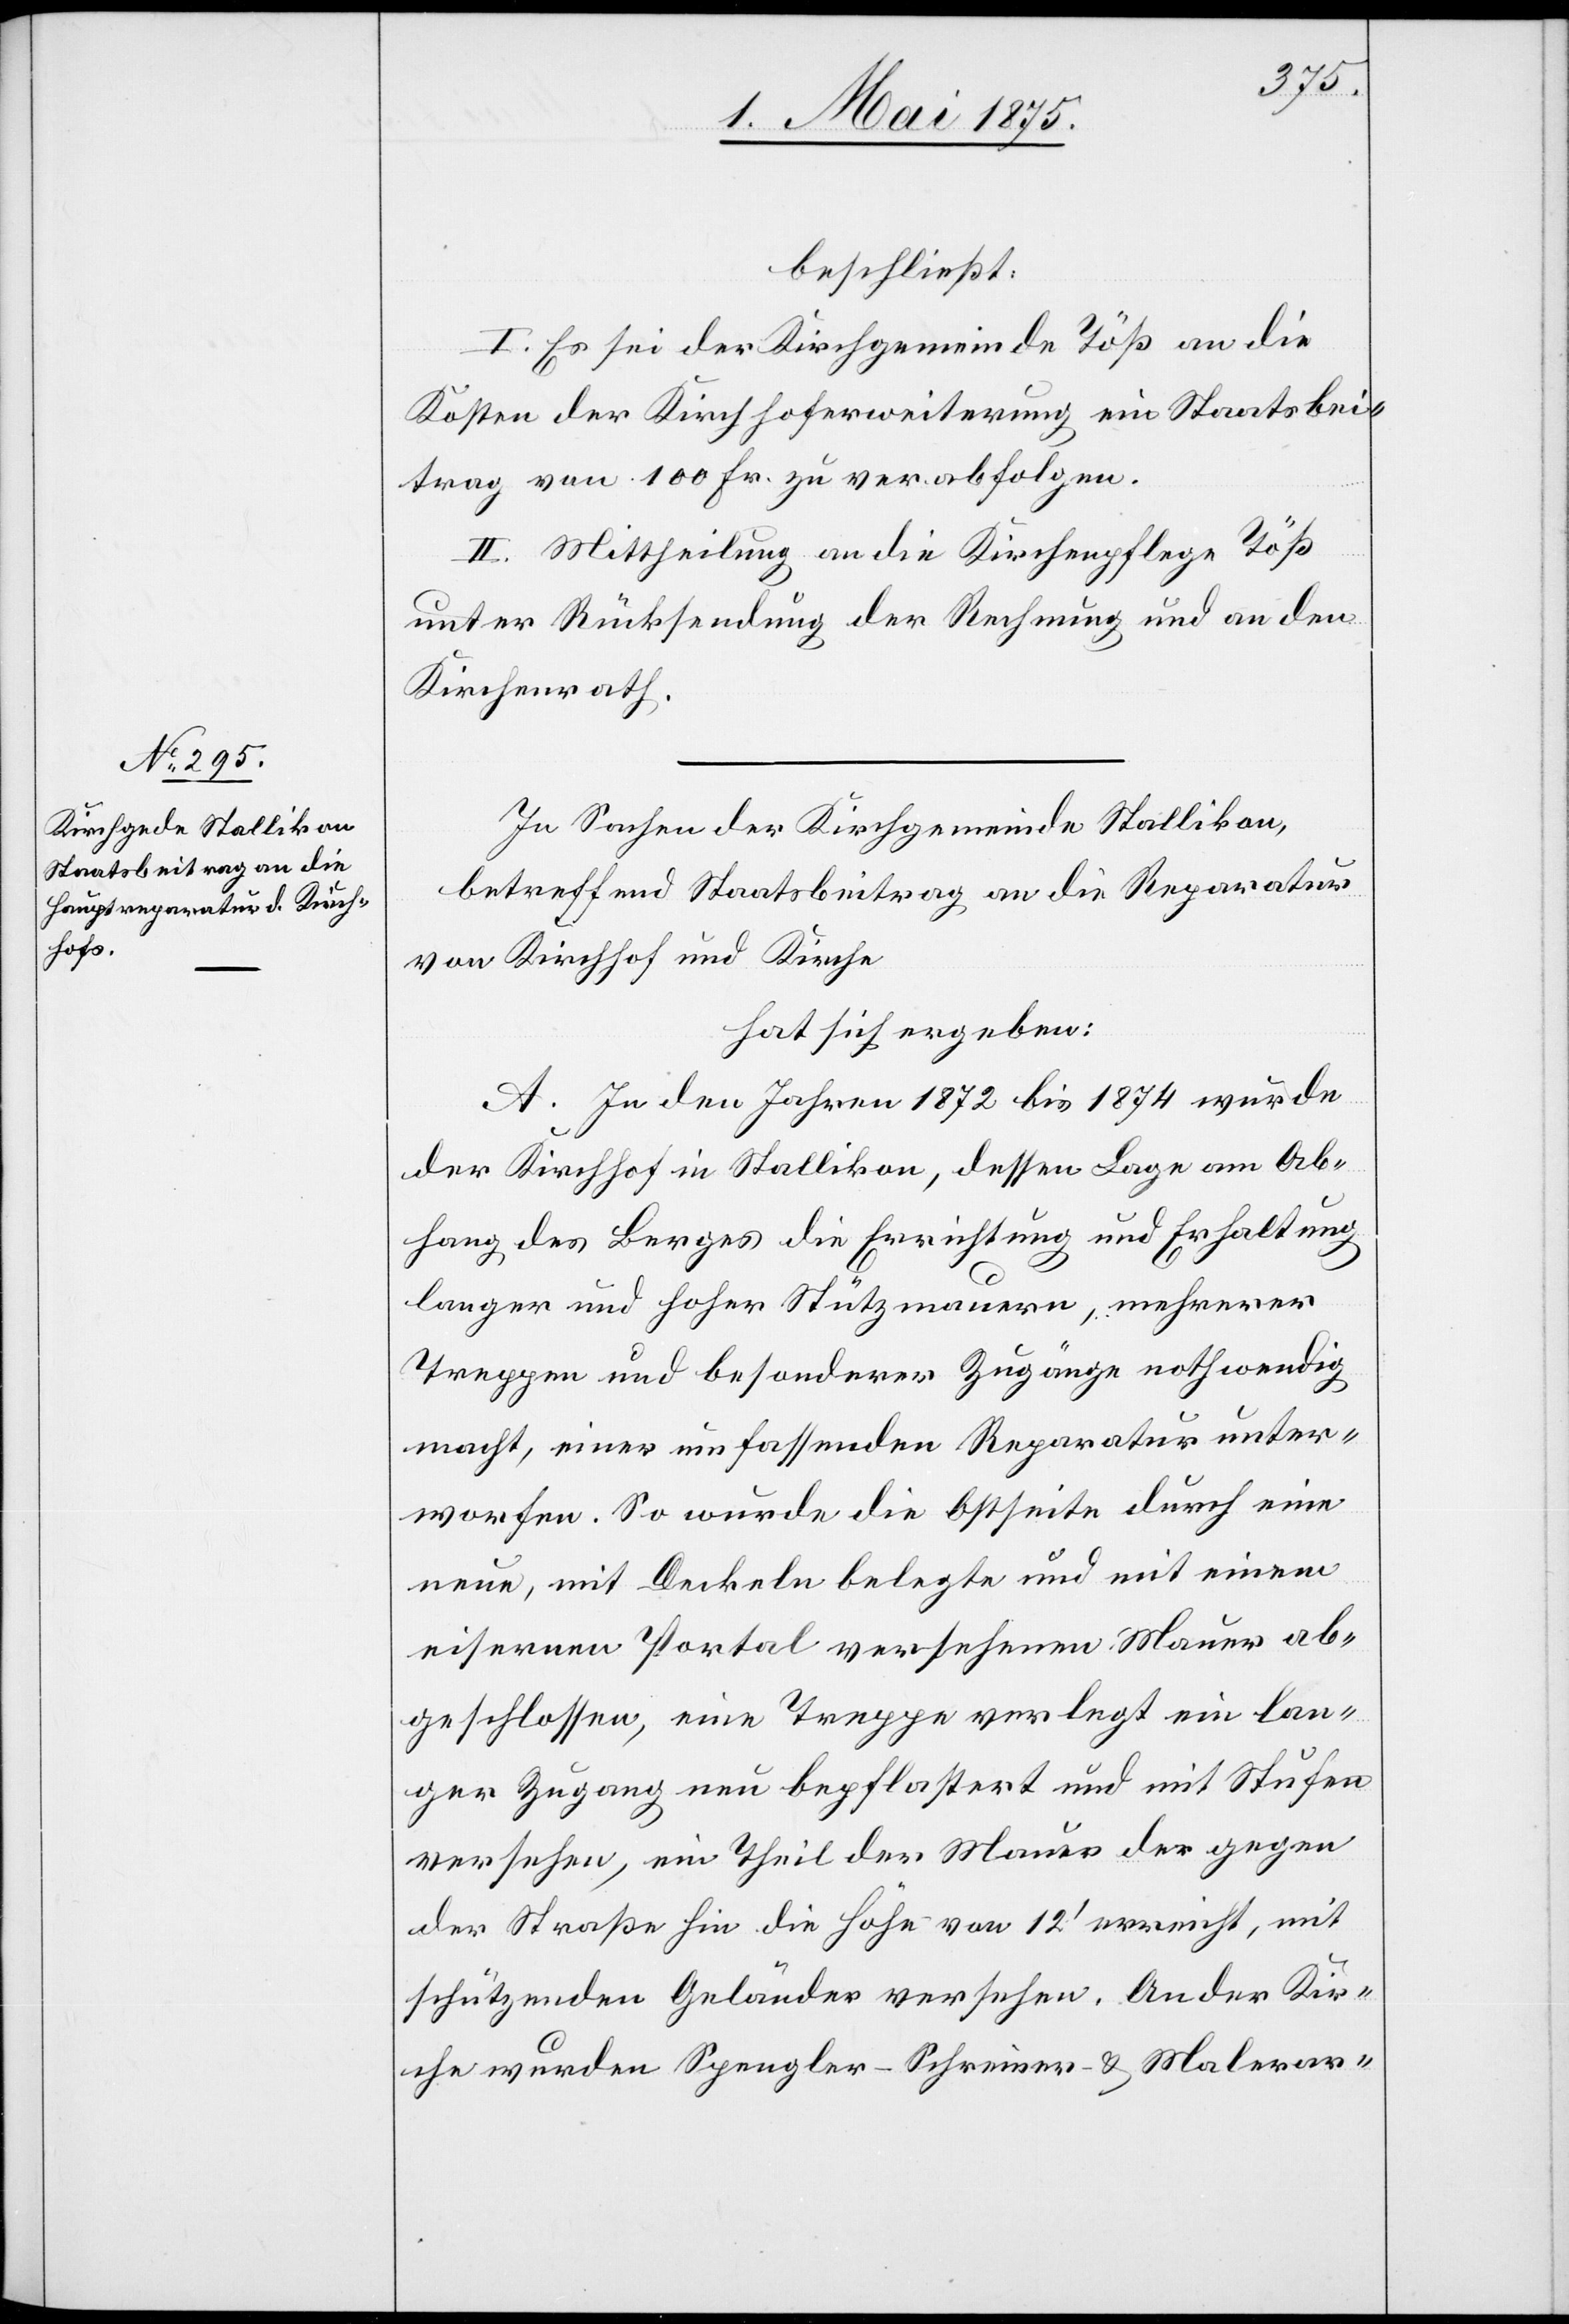
beschließt:
I. Es sei der Kirchgemeinde Töß an die
Kosten der Kirchhoferweiterung ein Staatsbei¬
trag von 100 Fr. zu verabfolgen.
II. Mittheilung an die Kirchenpflege Töß
unter Rücksendung der Rechnung und an den
Kirchenrath.
In Sachen der Kirchgemeinde Stallikon,
betreffend Staatsbeitrag an die Reparatur
von Kirchhof und Kirche
hat sich ergeben:
A. In den Jahren 1872 bis 1874 wurde
der Kirchhof in Stallikon, dessen Lage am Ab¬
hang des Berges die Errichtung und Erhaltung
langer und hoher Stützmauern, mehrerer
Treppen und besonderer Zugänge nothwendig
macht, einer umfassenden Reparatur unter¬
worfen. So wurde die Ostseite durch eine
neue, mit Deckeln belegte und mit einem
eisernen Portal versehenen Mauer ab¬
geschlossen, eine Treppe verlegt [,] ein lan¬
ger Zugang neu bepflastert und mit Stufen
versehen, ein Theil der Mauer der gegen
der Straße hin die Höhe von 12‘ erreicht, mit
schützenden Geländer versehen. An der Kir¬
che wurden Spengler- Schreiner- & Malerar-